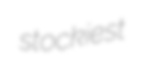
stockiest